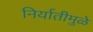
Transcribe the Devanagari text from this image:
निर्यातीमुळे